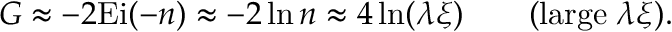
G \approx - 2 \mathrm { E i } ( - n ) \approx - 2 \ln n \approx 4 \ln ( \lambda \xi ) \qquad ( \mathrm { l a r g e } \; \lambda \xi ) .